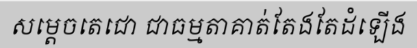
សម្តេចតេជោ ជាធម្មតាគាត់តែងតែដំឡើង